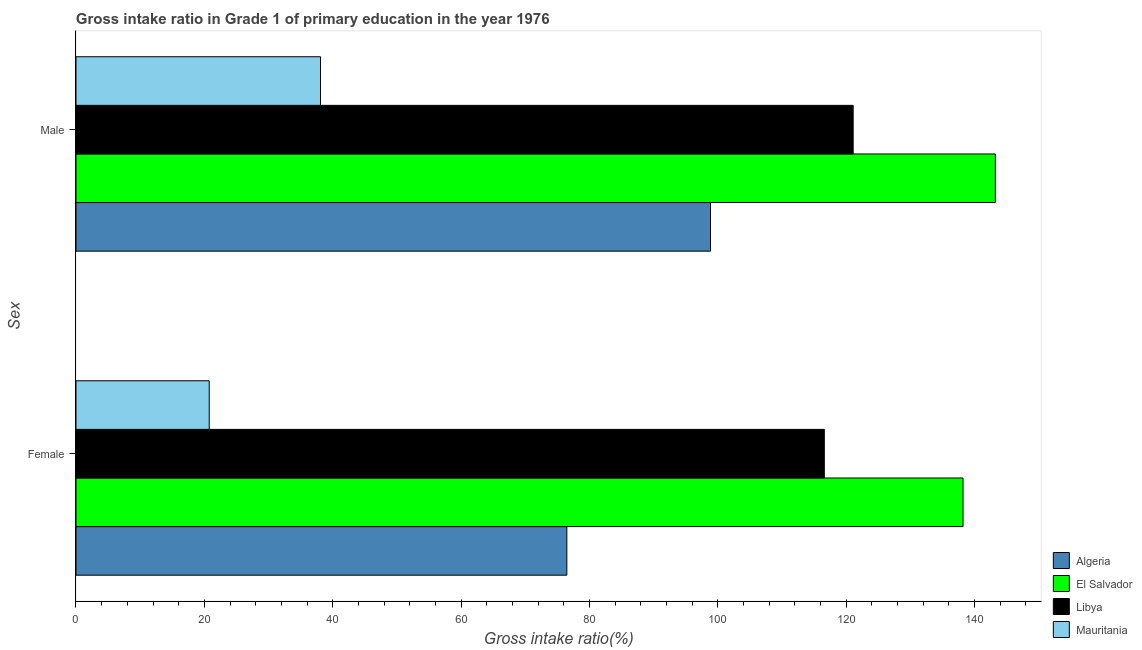
| Sex | Algeria | El Salvador | Libya | Mauritania |
 | --- | --- | --- | --- | --- |
 | Female | 76.5 | 138 | 117 | 20.8 |
 | Male | 98.9 | 143 | 121 | 38.1 |